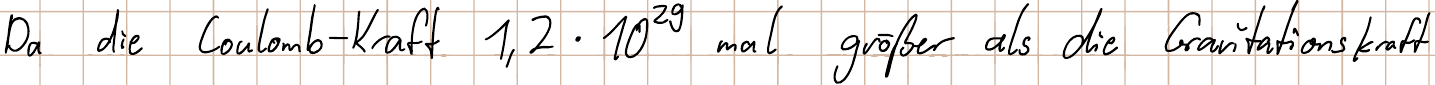
Da die Coulomb-Kraft 1,2 * 10^29 mal größer als die Gravitationskraft